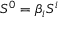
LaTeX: S ^ { 0 } = \beta _ { i } S ^ { i }